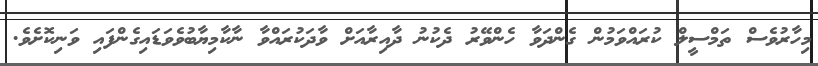
މިހާރުވެސް ތަމްސީލް ކުރައްވަމުން ގެންދަވާ ހެންވޭރު ދެކުނު ދާއިރާއަށް ވާދަކުރައްވާ ނާކާމިޔާބުވެވަޑައިގެންފައި ވަނިކޮށެވެ.